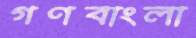
গণবাংলা